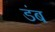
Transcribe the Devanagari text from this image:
डंब